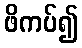
ဖိကပ်၍